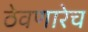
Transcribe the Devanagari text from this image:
ठेवणारेच